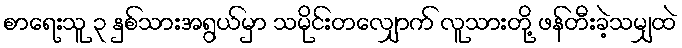
စာရေးသူ ၃ နှစ်သားအရွယ်မှာ သမိုင်းတလျှောက် လူသားတို့ ဖန်တီးခဲ့သမျှထဲ